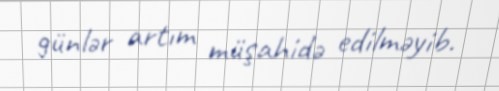
günlər artım müşahidə edilməyib.